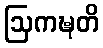
ဩကဍ္ဎတိ